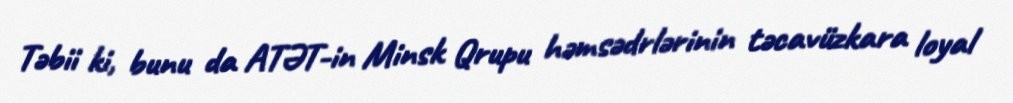
Təbii ki, bunu da ATƏT-in Minsk Qrupu həmsədrlərinin təcavüzkara loyal